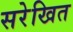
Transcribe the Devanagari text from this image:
सरेखित